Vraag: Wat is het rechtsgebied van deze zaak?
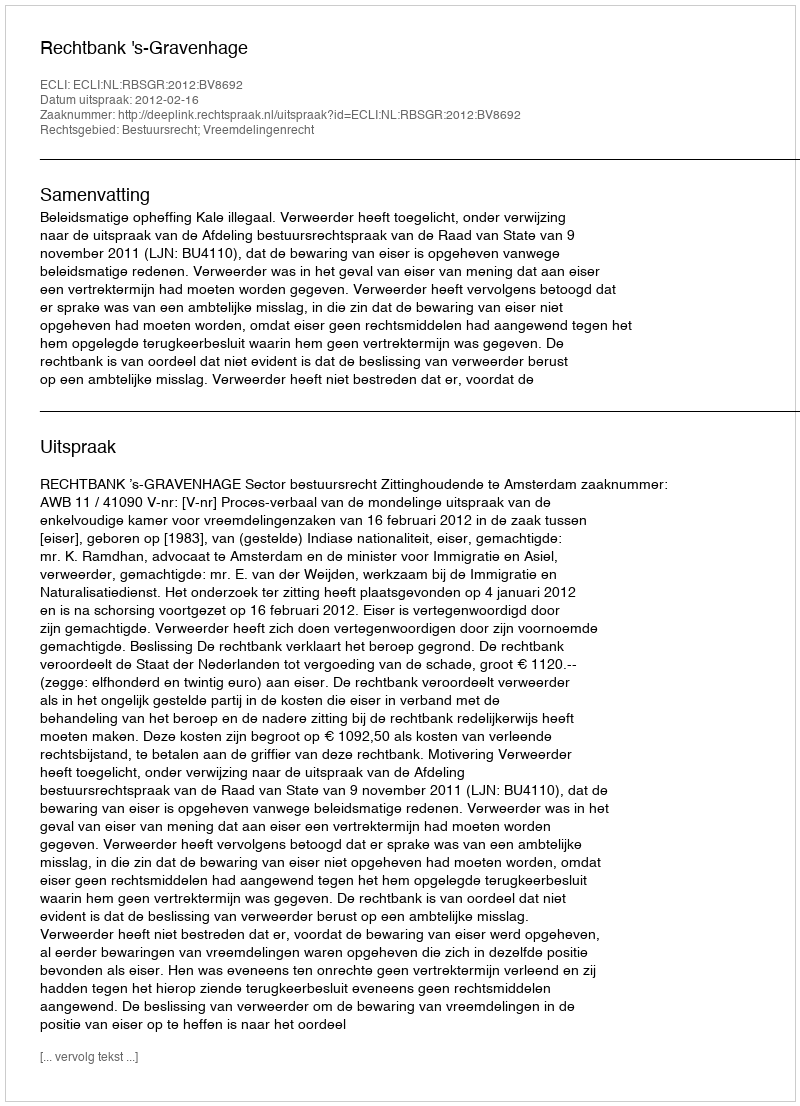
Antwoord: Bestuursrecht; Vreemdelingenrecht